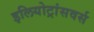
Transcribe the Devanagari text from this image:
इलियोट्रांसवर्स